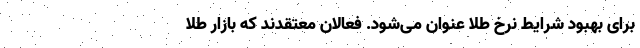
برای بهبود شرایط نرخ طلا عنوان می‌شود. فعالان معتقدند که بازار طلا